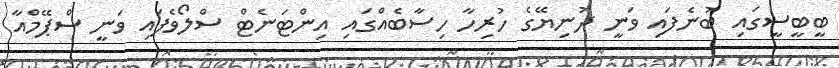
ބީބީސީގައި ބުނެފައި ވަނީ ދުނިޔޭގެ ހުރިހާ ހިސާބެއްގައި އިންޓަނެޓް ސްލޯވެފައި ވަނީ ސްޕޭމްއާ